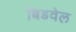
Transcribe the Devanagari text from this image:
बिडवेल